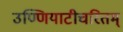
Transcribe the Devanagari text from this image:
उण्णियाटीचरितम्